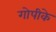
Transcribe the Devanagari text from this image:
गोपीके